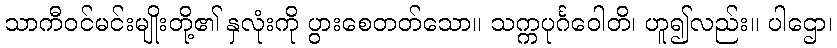
သာကီဝင်မင်းမျိုးတို့၏ နှလုံးကို ပွားစေတတ်သော။ သက္ကပုင်္ဂဝေါတိ၊ ဟူ၍လည်း။ ပါဌော၊